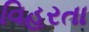
વિહરતા